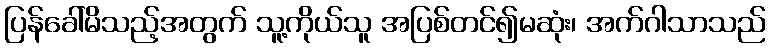
ပြန်ခေါ်မိသည့်အတွက် သူ့ကိုယ်သူ အပြစ်တင်၍မဆုံး၊ အက်ဂါသာသည်